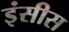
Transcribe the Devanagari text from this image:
इंसीस